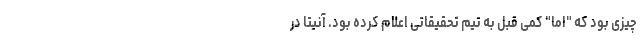
چیزی بود که "اِما" کمی قبل به تیم تحقیقاتی اعلام کرده بود. آنیتا در